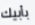
بأبيك